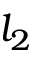
l _ { 2 }